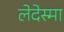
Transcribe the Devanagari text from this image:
लेदेस्मा